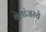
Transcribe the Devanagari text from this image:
बेलांजरचे